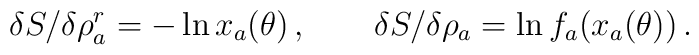
\delta S/\delta \rho^r_a = -\ln x_a (\theta) \,, \qquad  \delta S/\delta \rho_a = \ln f_{a} (x_a(\theta)) \,.